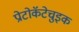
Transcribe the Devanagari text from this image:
प्रोटोकॅटेचुइक